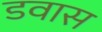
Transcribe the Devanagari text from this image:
डवास